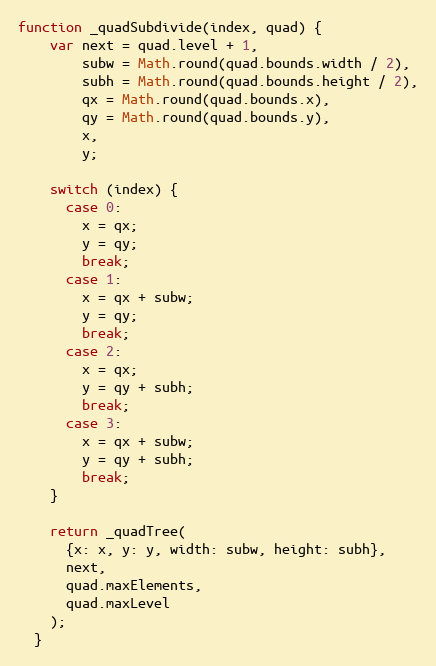
Language: JavaScript
function _quadSubdivide(index, quad) {
    var next = quad.level + 1,
        subw = Math.round(quad.bounds.width / 2),
        subh = Math.round(quad.bounds.height / 2),
        qx = Math.round(quad.bounds.x),
        qy = Math.round(quad.bounds.y),
        x,
        y;

    switch (index) {
      case 0:
        x = qx;
        y = qy;
        break;
      case 1:
        x = qx + subw;
        y = qy;
        break;
      case 2:
        x = qx;
        y = qy + subh;
        break;
      case 3:
        x = qx + subw;
        y = qy + subh;
        break;
    }

    return _quadTree(
      {x: x, y: y, width: subw, height: subh},
      next,
      quad.maxElements,
      quad.maxLevel
    );
  }